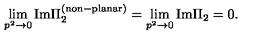
\lim _ { p ^ { 2 } \rightarrow 0 } \mathrm { I m } \Pi _ { 2 } ^ { \mathrm { ( n o n \mathrm { - } p l a n a r ) } } = \lim _ { p ^ { 2 } \rightarrow 0 } \mathrm { I m } \Pi _ { 2 } = 0 .